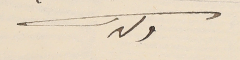
ولدكم